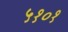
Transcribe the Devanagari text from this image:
५१०१